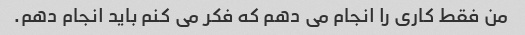
من فقط کاری را انجام می دهم که فکر می کنم باید انجام دهم.